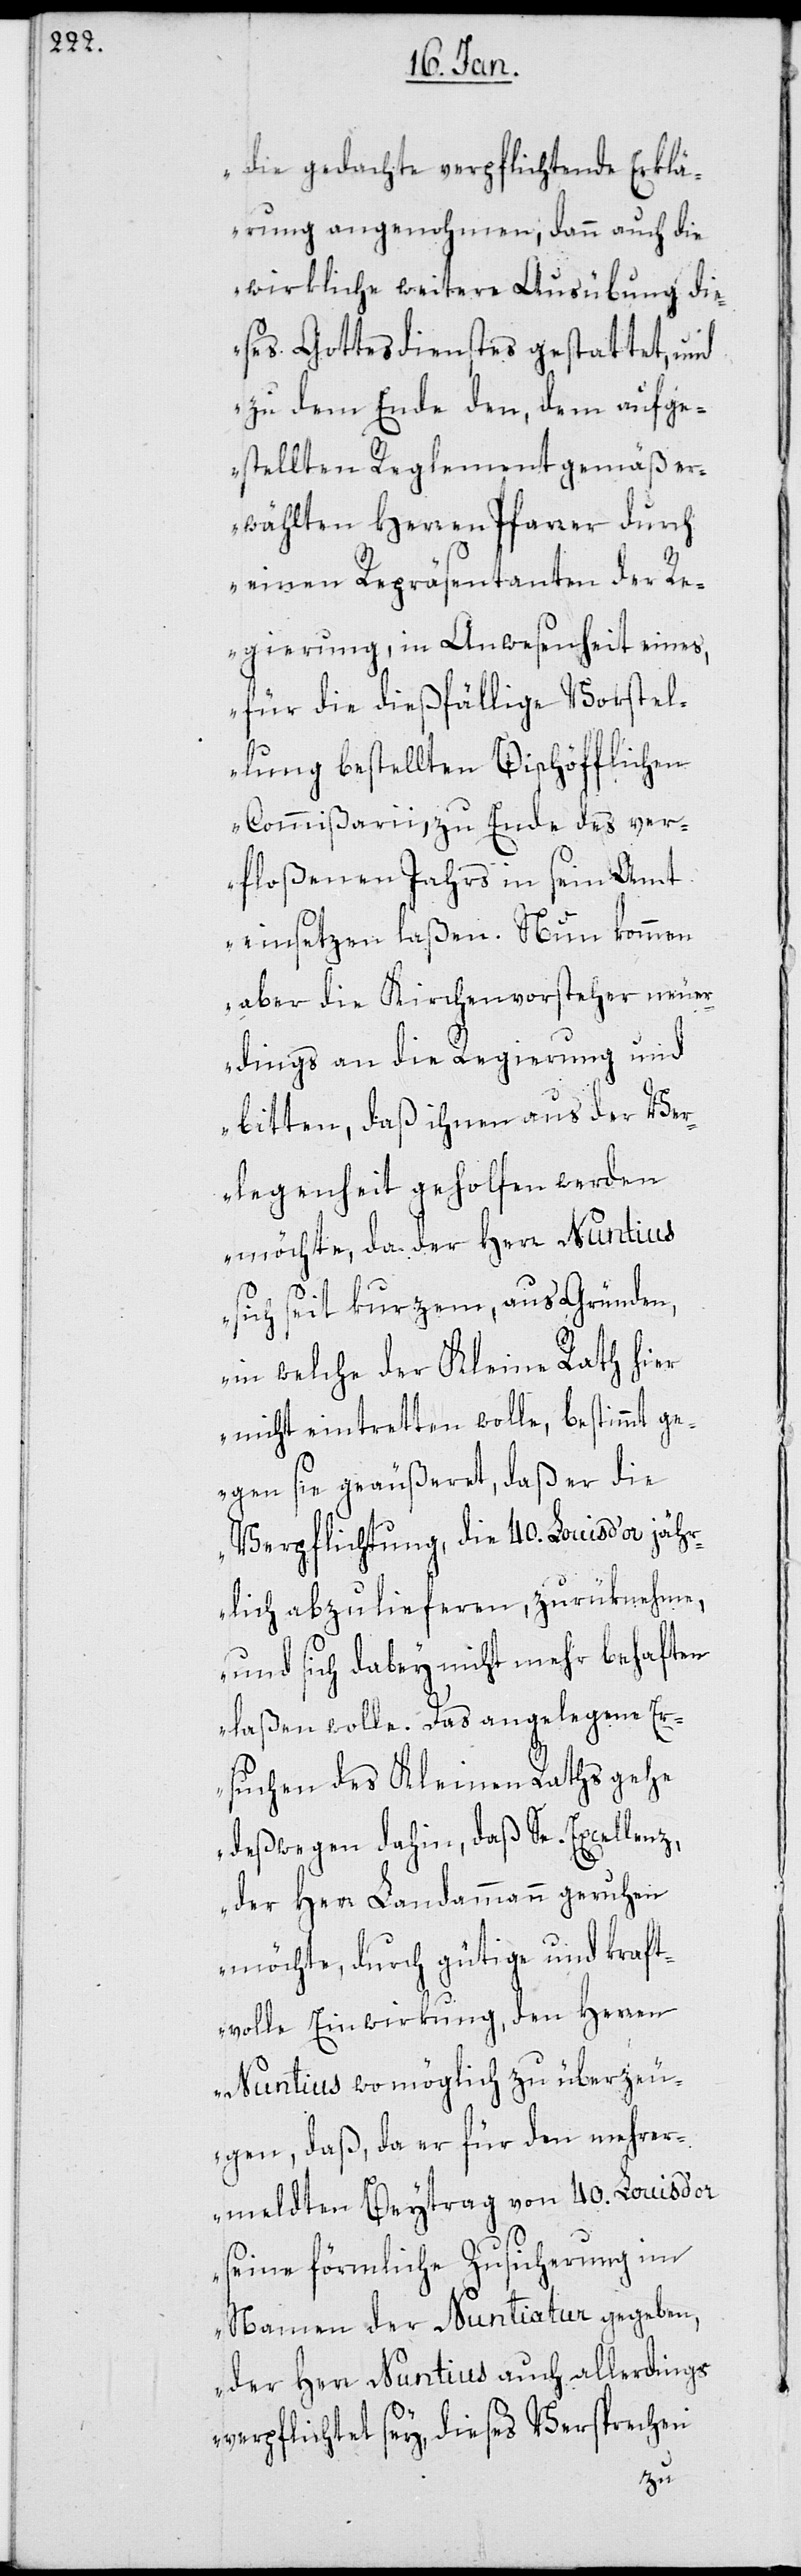
die gedachte verpflichtende Erklä¬
rung angenohmen, dann auch die
wirkliche weitere Ausübung die¬
ses Gottesdienstes gestattet, und
zu dem Ende den, dem aufge¬
stellten Reglement gemäß er¬
wählten Herren Pfarrer durch
einen Repräsentanten der Re¬
gierung, in Anwesenheit eines,
für die dießfällige Vorstel¬
lung bestellten Bischöfflichen
Commißarii, zu Ende des ver¬
floßenen Jahrs in sein Amt
einsetzen laßen. Nun kommen
aber die Kirchenvorsteher neuer¬
dings an die Regierung und
bitten, daß ihnen aus der Ver¬
legenheit geholfen werden
möchte, da der Herr Nuntius
sich seit kurzem, aus Gründen,
in welche der Kleine Rath hier
nicht eintretten wolle, bestimmt ge¬
gen sie geäußeret, daß er die
Verpflichtung, die 40. Louis d’or jähr¬
lich abzulieferen, zurüknehme,
und sich dabey nicht mehr behaften
laßen wolle. Das angelegene Er¬
suchen des Kleinen Raths gehe
deßwegen dahin, daß Se. Excellenz,
der Herr Landammann geruhen
möchte, durch gütige und kraft¬
volle Einwirkung, den Herren
Nuntius wo möglich zu überzeu¬
gen, daß, da er für den mehrer¬
meldten Beytrag von 40. Louis d’or
seine förmliche Zusicherung im
Namen der Nuntiatur gegeben,
der Herr Nuntius auch allerdings
verpflichtet sey, dieses Versprechen